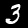
Label: 3